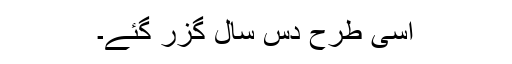
اسی طرح دس سال گزر گئے۔